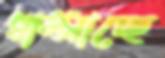
ধাম্‌সাচ্ছে